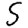
Digit: 5